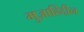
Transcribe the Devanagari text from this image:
मुज़ाहिद्दीन